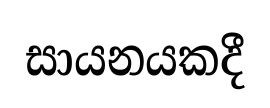
සායනයකදී